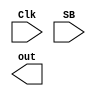
`timescale 1ns / 1ps
//////////////////////////////////////////////////////////////////////////////////
// Company: 
// Engineer: 
// 
// Design Name: 
// Module Name:    Receptor 
// Project Name: 
// Target Devices: 
// Tool versions: 
// Description: 
//
// Dependencies: 
//
// Revision: 
// Revision 0.01 - File Created
// Additional Comments: 
//
//////////////////////////////////////////////////////////////////////////////////
module Receptor(
	input Clk,
	input SB,
	output [7:0] out
    );
	 
	 reg ClkB=0;
	 reg [31:0] i=0;
	always @(posedge Clk) begin				//divisor de frecuencia 1 seg
		if (i==4166666) begin 	i=0;	ClkB=~ClkB;		end		// i==3571428 para 14 Hz OK
		else i=i+1;
	end


endmodule